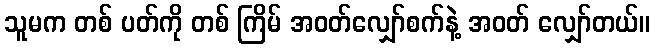
သူမက တစ် ပတ်ကို တစ် ကြိမ် အဝတ်လျှော်စက်နဲ့ အဝတ် လျှော်တယ်။